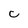
Character: c